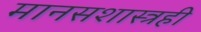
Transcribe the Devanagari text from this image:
मानसशास्त्रही